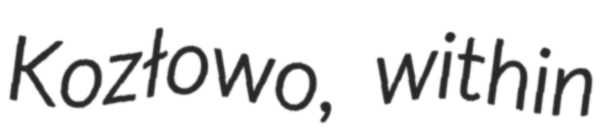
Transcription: Kozłowo, within